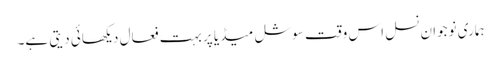
ہماری نوجوان نسل اس وقت سوشل میڈیا پر بہت فعال دیکھائی دیتی ہے۔